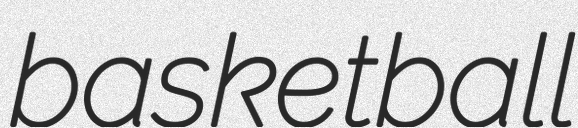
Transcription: basketball